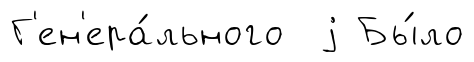
Г'ен'ера́льного j Бы́ло